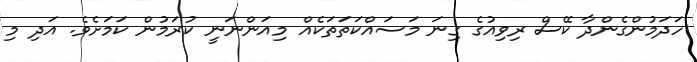
ހަދަމުންގެންދާ ކޭސް ރިވިއުގެ ގިނަ މަސައްކަތަތަކެއް މިއަންނަނީ ކުރަމުން ކަމަށެވެ. އަދި މި